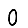
Digit: 0